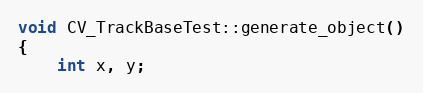
Language: C++
void CV_TrackBaseTest::generate_object()
{
    int x, y;